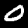
Digit: 0